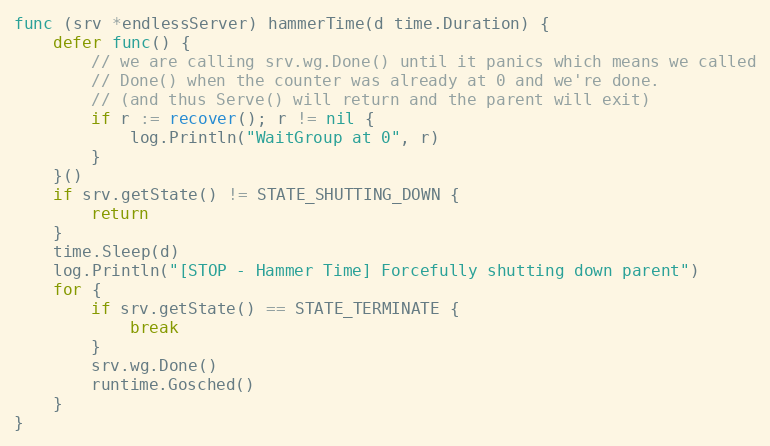
Language: Go
func (srv *endlessServer) hammerTime(d time.Duration) {
	defer func() {
		// we are calling srv.wg.Done() until it panics which means we called
		// Done() when the counter was already at 0 and we're done.
		// (and thus Serve() will return and the parent will exit)
		if r := recover(); r != nil {
			log.Println("WaitGroup at 0", r)
		}
	}()
	if srv.getState() != STATE_SHUTTING_DOWN {
		return
	}
	time.Sleep(d)
	log.Println("[STOP - Hammer Time] Forcefully shutting down parent")
	for {
		if srv.getState() == STATE_TERMINATE {
			break
		}
		srv.wg.Done()
		runtime.Gosched()
	}
}